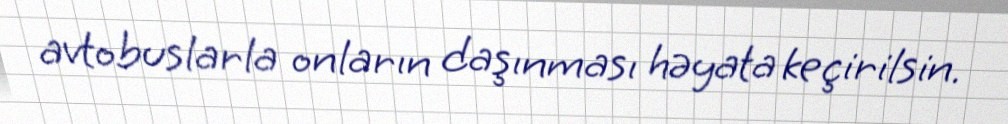
avtobuslarla onların daşınması həyata keçirilsin.